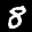
Label: 8